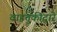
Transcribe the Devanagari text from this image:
वाहतुकीद्वारे